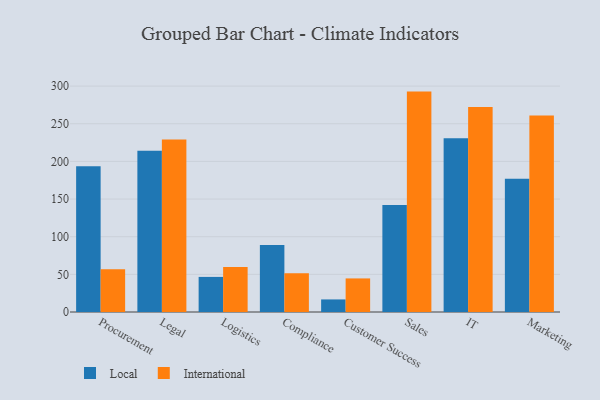
{"axis": {"x": "Department", "y": "Bounce Rate (%)"}, "legend": ["International", "Local"], "data": [{"x": "Procurement", "y": 193.5, "type": "Local"}, {"x": "Procurement", "y": 56.8, "type": "International"}, {"x": "Legal", "y": 214.1, "type": "Local"}, {"x": "Legal", "y": 229.0, "type": "International"}, {"x": "Logistics", "y": 46.6, "type": "Local"}, {"x": "Logistics", "y": 59.8, "type": "International"}, {"x": "Compliance", "y": 89.1, "type": "Local"}, {"x": "Compliance", "y": 51.4, "type": "International"}, {"x": "Customer Success", "y": 16.7, "type": "Local"}, {"x": "Customer Success", "y": 44.6, "type": "International"}, {"x": "Sales", "y": 142.1, "type": "Local"}, {"x": "Sales", "y": 292.7, "type": "International"}, {"x": "IT", "y": 230.7, "type": "Local"}, {"x": "IT", "y": 272.3, "type": "International"}, {"x": "Marketing", "y": 177.0, "type": "Local"}, {"x": "Marketing", "y": 261.1, "type": "International"}]}